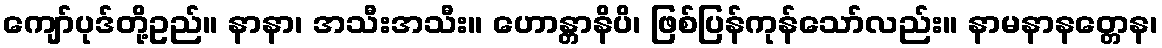
ကျော်ပုဒ်တို့ဥည်။ နာနာ၊ အသီးအသီး။ ဟောန္တာနိပိ၊ ဖြစ်ပြန်ကုန်သော်လည်း။ နာမနာနတ္တေန၊